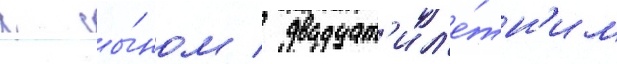
с сы́ном / двадцат'ил'е́тн'им